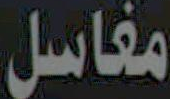
مغاسل